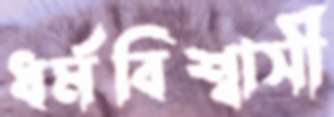
ধর্মবিশ্বাসী